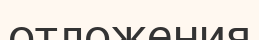
отложения